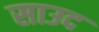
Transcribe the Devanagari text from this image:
साउद